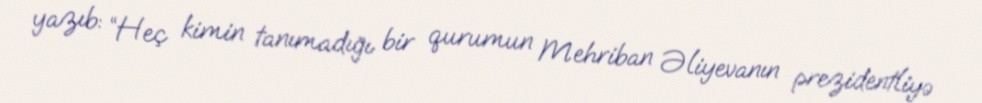
yazıb: “Heç kimin tanımadığı bir qurumun Mehriban Əliyevanın prezidentliyə